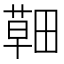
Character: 𦹸